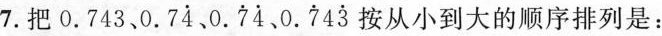
7.把0.743、0.7\dot{4}、0.\dot{7}\dot{4}，0.\dot{7}4\dot{3}按从小到大的顺序排列是：